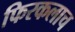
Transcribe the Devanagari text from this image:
फिरकलाच